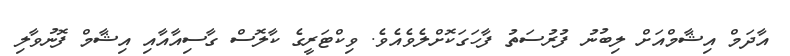
އާދަމް އިޝާމްއަށް ލިބުނު ފުރުސަތު ފާހަގަކޮށްލެވެއެވެ. ވިކްޓަރީގެ ކާލޮސް ގާސިއާއާއި އިޝާމް ފޮނުވާލި